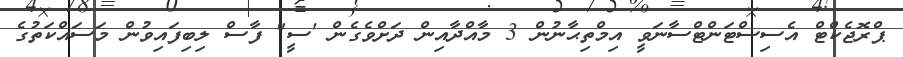
ޕްރޮޖެކްޓް އެސިސްޓަންޓްސާނަވީ އިމްތިޙާނުން 3 މާއްދާއިން ދަށްވެގެން 'ސީ" ފާސް ލިބިފައިވުން މަސައްކަތުގެ